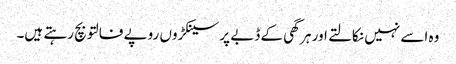
وہ اسے نہیں نکالتے اور ہر گھی کے ڈبے پر سینکڑوں روپے فالتو بچ رہتے ہیں۔